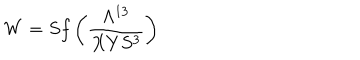
W = S f \left( { \frac { \Lambda ^ { 1 3 } } { X Y S ^ { 3 } } } \right)